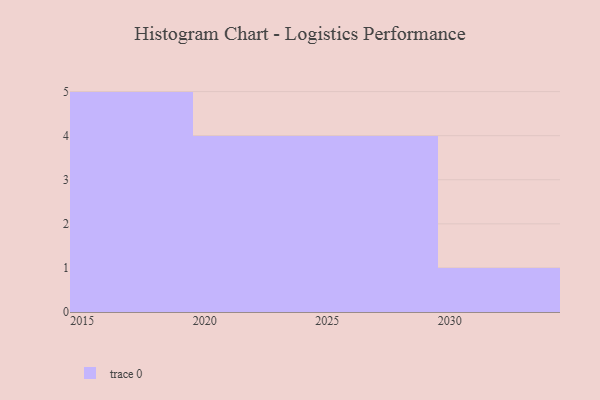
{"axis": {"x": "Year", "y": "Tickets Resolved"}, "legend": [""], "data": [{"x": "2030", "y": 34, "type": ""}, {"x": "2024", "y": 67, "type": ""}, {"x": "2027", "y": 82, "type": ""}, {"x": "2017", "y": 73, "type": ""}, {"x": "2015", "y": 67, "type": ""}, {"x": "2019", "y": 56, "type": ""}, {"x": "2029", "y": 41, "type": ""}, {"x": "2022", "y": 27, "type": ""}, {"x": "2021", "y": 6, "type": ""}, {"x": "2018", "y": 74, "type": ""}, {"x": "2025", "y": 4, "type": ""}, {"x": "2028", "y": 55, "type": ""}, {"x": "2023", "y": 17, "type": ""}, {"x": "2016", "y": 92, "type": ""}]}